Vaccination North-Western Provinces 1866-1877 - 1866-1877
Year: 1866
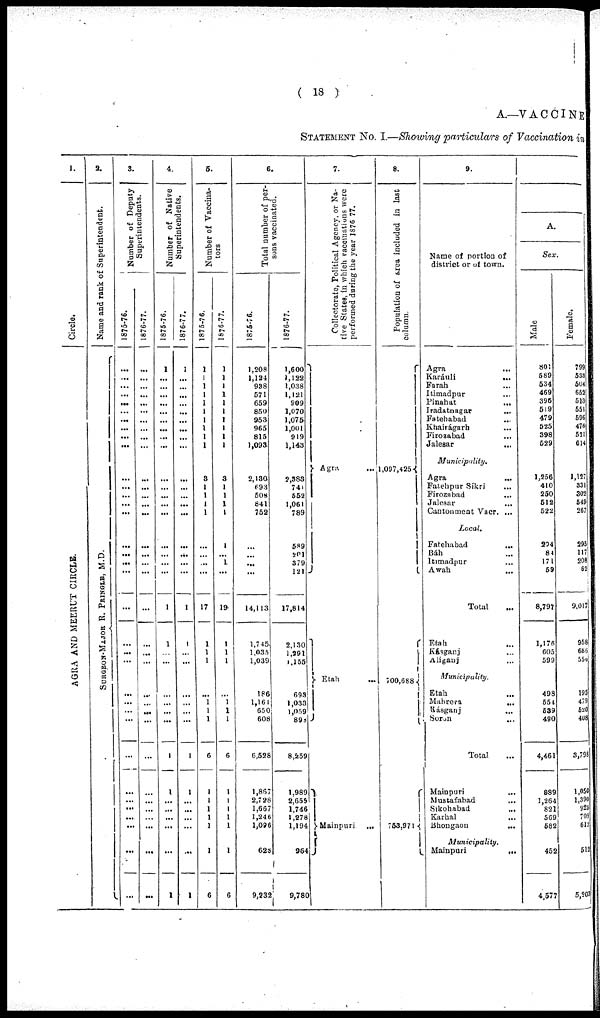
( 18 )
A.—VACCINE
STATEMENT NO. I.—Showing particulars of Vaccination in
1.
Circle.
AGRA AND MEERUT CIRCLE.
2.
Name and rank of Superintendent.
SURGEON-MAJOR R. PRINGLE M.D.
3.
Number of Deputy
Superintendents.
1875-76.
...
...
...
...
...
...
...
...
...
...
...
...
...
....
...
...
...
...
...
...
...
...
...
...
...
...
...
...
...
...
...
...
1876-77.
...
...
...
...
...
...
...
...
...
...
...
...
...
...
...
...
...
...
...
...
...
...
...
...
...
...
...
...
...
...
...
...
4.
Number of Native
Superintendents.
1875-76.
1
...
...
...
...
...
...
...
...
...
...
...
...
...
...
...
...
...
...
1
1
...
...
...
...
...
1
1
...
...
...
...
...
1
1876-77.
1
...
...
...
...
...
...
...
...
...
...
...
...
...
...
...
...
...
...
1
1
...
...
...
...
...
1
1
...
...
...
...
...
1
5.
Number of Vaccina-
tors
1875-76.
1
1
1
1
1
1
1
1
1
1
3
1
1
1
1
...
...
...
...
17
1
1
1
...
1
1
1
6
1
1
1
1
1
1
6
1876-77.
1
1
1
1
1
1
1
1
1
1
3
1
1
1
1
1
...
1
...
19
1
1
1
1
1
1
6
1
1
1
1
1
1
6
6.
Total number of per-
sons vaccinated.
1875-76.
1,208
1,124
938
571
659
850
953
965
815
1,093
2,130
693
508
841
752
...
...
...
...
14,113
1,745
1,035
1,039
186
1,161
650
608
6,528
1,867
2,728
1,667
1,246
1,096
628
9,232
1876-77.
1,600
1,122
1,038
1,121
909
1,070
1,075
1,001
919
1,143
2,383
741
552
1,061
789
589
201
379
121
17,814
2,130
1,391
1,155
693
1,033
1,059
898
8,259
1,989
2,659
1,746
1,278
1,194
954
9,780
7.
Collectorate, Political Agency, or Na-
tive States, in which vaccinations were
performed during the year 1876-77.
Agra ...
Etah ...
Mainpuri
...
8.
Population of area included in last
column.
1,097,425
700,688
763,971
9.
Name of portion of
district or of town.
Agra
...
Karáuli
...
Farah ...
Itimadpur ...
Pinahat
...
Iradatnagar
...
Fatehabad ...
Khairágarh ...
Firozabad ...
Jalesar
...
Municipality.
Agra ...
Fatehpur Sikri ...
Firozabad ...
Jalesar ...
Cantonment Vacr. ...
Local.
Fatehabad
...
Báh ...
Itimadpur ...
Awah ...
Total ...
Etah ...
Kásganj ...
Aligauj ...
Municipality.
Etah ...
Mahrera
...
Kásganj ...
Soron
...
Total ...
Mainpuri
Mustafabad ...
Sikohabad ...
Karhal ...
Bhongaon
...
Municipality.
Mainpuri
...
A.
Sex.
Male
801
589
634
469
395
519
479
525
398
629
1,256
410
250
512
522
204
84
171
59
8,797
1,176
605
599
498
554
539
490
4,461
889
1,264
821
569
582
452
4,577
Female.
799
533
504
652
513
551
596
476
531
614
1,127
331
302
649
267
295
117
208
62
9.017
958
686
550
195
479
520
408
3,798
1,050
1,390
925
709
612
512
5,203